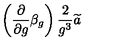
\left( \frac \partial { \partial g } \beta _ { g } \right) \frac 2 { g ^ { 3 } } \widetilde { a }